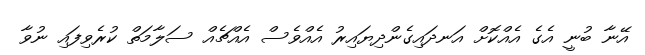
އޭނާ ބުނީ އެގެ އެއްކޮށް އަނދައިގެންދިޔައިރު އެއްވެސް އެއްޗެއް ސަލާމަތް ކުރެވިފައި ނުވާ